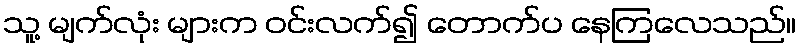
သူ့ မျက်လုံး များက ဝင်းလက်၍ တောက်ပ နေကြလေသည်။